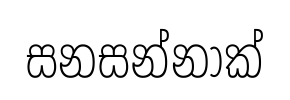
සනසන්නාක්